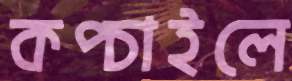
কপ্‌চাইলে